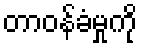
တာဝန်ခံမှုကို